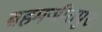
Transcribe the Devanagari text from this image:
ब्रहमजीतपुर